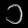
Digit: ၁